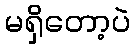
မရှိတော့ပဲ